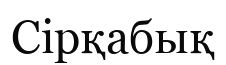
Сірқабық